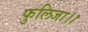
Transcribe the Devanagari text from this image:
फुलिजा।।